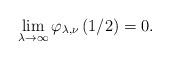
LaTeX: \begin{align*}\lim_{\lambda \rightarrow \infty }\varphi _{\lambda ,\nu }\left( 1/2\right)=0. \end{align*}